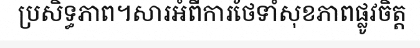
ប្រសិទ្ធភាព។សារអំពីការថែទាំសុខភាពផ្លូវចិត្ត